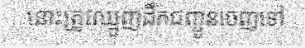
នោះត្រូវឈ្មួញដឹកជញ្ជូនចេញទៅ